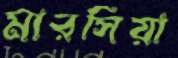
মারসিয়া